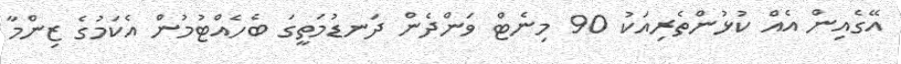
އޭގެއިން އެއް ކުޅުންތެރިއަކު 90 މިނެޓް ވަންދެން ދަނޑުމަތީގަ ބެހެއްޓުމުން އެކަމުގެ ޒިންމާ